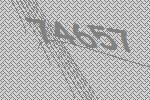
74657